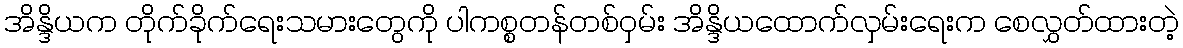
အိန္ဒိယက တိုက်ခိုက်ရေးသမားတွေကို ပါကစ္စတန်တစ်ဝှမ်း အိန္ဒိယထောက်လှမ်းရေးက စေလွှတ်ထားတဲ့